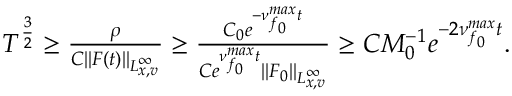
\begin{array} { r } { T ^ { \frac { 3 } { 2 } } \geq \frac { \rho } { C \| F ( t ) \| _ { L _ { x , v } ^ { \infty } } } \geq \frac { C _ { 0 } e ^ { - \nu _ { f _ { 0 } } ^ { m a x } t } } { C e ^ { \nu _ { f _ { 0 } } ^ { m a x } t } \| F _ { 0 } \| _ { L _ { x , v } ^ { \infty } } } \geq C M _ { 0 } ^ { - 1 } e ^ { - 2 \nu _ { f _ { 0 } } ^ { m a x } t } . } \end{array}